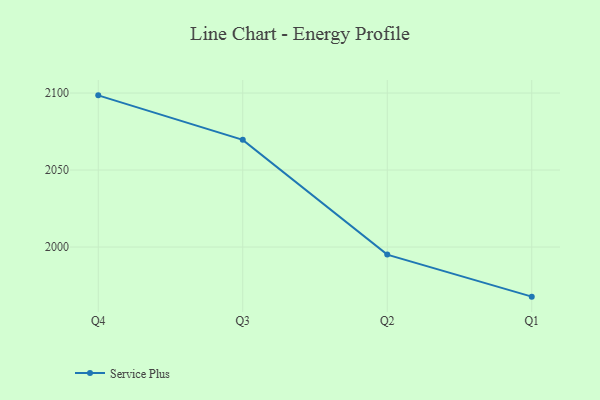
{"axis": {"x": "Quarter", "y": "Page Views"}, "legend": ["Service Plus"], "data": [{"x": "Q4", "y": 2098.5, "type": "Service Plus"}, {"x": "Q3", "y": 2069.6, "type": "Service Plus"}, {"x": "Q2", "y": 1995.1, "type": "Service Plus"}, {"x": "Q1", "y": 1967.8, "type": "Service Plus"}]}